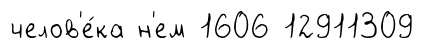
челов'е́ка н'ем 1606 12911309